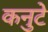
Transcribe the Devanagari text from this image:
कनुटे